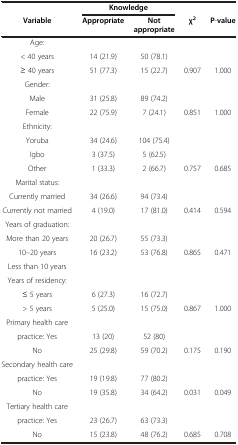
<table><thead><tr><td><b> </b></td><td colspan="2"><b>Knowledge</b></td><td><b> </b></td><td><b> </b></td></tr><tr><td><b>Variable</b></td><td><b>Appropriate</b></td><td><b>Not appropriate</b></td><td><b>χ<sup>2</sup></b></td><td><b>P-value</b></td></tr></thead><tbody><tr><td>Age:</td><td> </td><td> </td><td> </td><td> </td></tr><tr><td>&lt; 40 years</td><td>14 (21.9)</td><td>50 (78.1)</td><td> </td><td> </td></tr><tr><td>≥ 40 years</td><td>51 (77.3)</td><td>15 (22.7)</td><td>0.907</td><td>1.000</td></tr><tr><td>Gender:</td><td> </td><td> </td><td> </td><td> </td></tr><tr><td>Male</td><td>31 (25.8)</td><td>89 (74.2)</td><td> </td><td> </td></tr><tr><td>Female</td><td>22 (75.9)</td><td>7 (24.1)</td><td>0.851</td><td>1.000</td></tr><tr><td>Ethnicity:</td><td> </td><td> </td><td> </td><td> </td></tr><tr><td>Yoruba</td><td>34 (24.6)</td><td>104 (75.4)</td><td> </td><td> </td></tr><tr><td>Igbo</td><td>3 (37.5)</td><td>5 (62.5)</td><td> </td><td> </td></tr><tr><td>Other</td><td>1 (33.3)</td><td>2 (66.7)</td><td>0.757</td><td>0.685</td></tr><tr><td>Marital status:</td><td> </td><td> </td><td> </td><td> </td></tr><tr><td>Currently married</td><td>34 (26.6)</td><td>94 (73.4)</td><td> </td><td> </td></tr><tr><td>Currently not married</td><td>4 (19.0)</td><td>17 (81.0)</td><td>0.414</td><td>0.594</td></tr><tr><td>Years of graduation:</td><td> </td><td> </td><td> </td><td> </td></tr><tr><td>More than 20 years</td><td>20 (26.7)</td><td>55 (73.3)</td><td> </td><td> </td></tr><tr><td>10–20 years</td><td>16 (23.2)</td><td>53 (76.8)</td><td>0.865</td><td>0.471</td></tr><tr><td>Less than 10 years</td><td> </td><td> </td><td> </td><td> </td></tr><tr><td>Years of residency:</td><td> </td><td> </td><td> </td><td> </td></tr><tr><td>≤ 5 years</td><td>6 (27.3)</td><td>16 (72.7)</td><td> </td><td> </td></tr><tr><td>&gt; 5 years</td><td>5 (25.0)</td><td>15 (75.0)</td><td>0.867</td><td>1.000</td></tr><tr><td>Primary health care</td><td> </td><td> </td><td> </td><td> </td></tr><tr><td>practice: Yes</td><td>13 (20)</td><td>52 (80)</td><td> </td><td> </td></tr><tr><td>No</td><td>25 (29.8)</td><td>59 (70.2)</td><td>0.175</td><td>0.190</td></tr><tr><td>Secondary health care</td><td> </td><td> </td><td> </td><td> </td></tr><tr><td>practice: Yes</td><td>19 (19.8)</td><td>77 (80.2)</td><td> </td><td> </td></tr><tr><td>No</td><td>19 (35.8)</td><td>34 (64.2)</td><td>0.031</td><td>0.049</td></tr><tr><td>Tertiary health care</td><td> </td><td> </td><td> </td><td> </td></tr><tr><td>practice: Yes</td><td>23 (26.7)</td><td>63 (73.3)</td><td> </td><td> </td></tr><tr><td>No</td><td>15 (23.8)</td><td>48 (76.2)</td><td>0.685</td><td>0.708</td></tr></tbody></table>